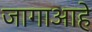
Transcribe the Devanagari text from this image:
जागाआहे